Bombay plague: being a history of the progress of plague in the Bombay presidency from September 1896 to June 1899
Year: 1896
Disease focus: Plague
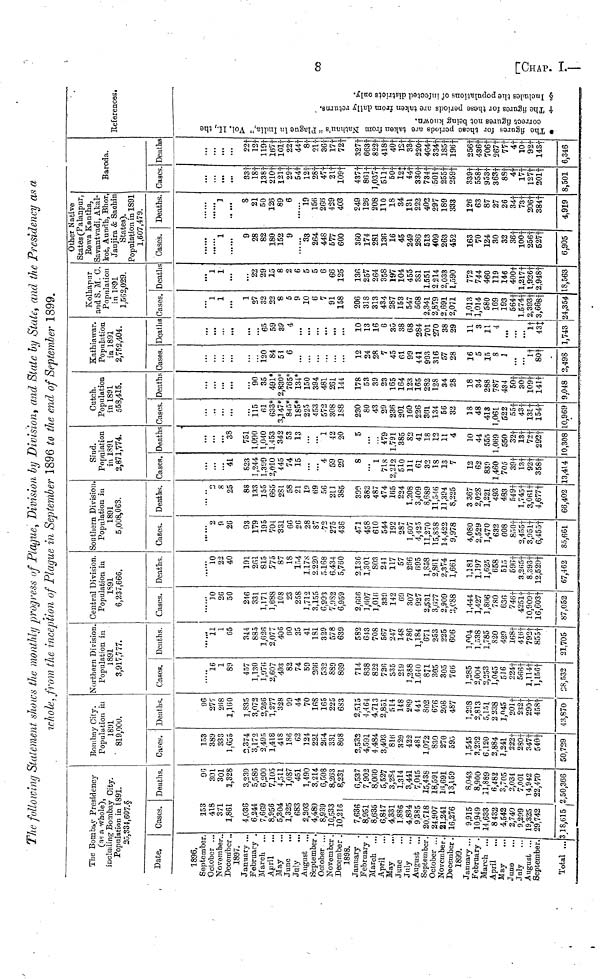
00
I
CHAP. I.
The following Statement shows the monthly progress of Plague, Division by Division, and State by State, and the Presidency as a
whole, from the inception of Plague in September 1896 to the end of September 1899.
The Bombay Presidency
(as a whole),
including Bombay City.
Population in 1891.
25,331,697.
Date.
1896.
September...
October ...
November...
December ...
1897.
January ...
February ...
March ...
April ...
May ...
June
...
July ...
August ...
September...
October ...
November ...
December ...
1898.
January ...
February ...
March ...
April ...
May ...
June ...
July ...
August...
September ...
October ...
November...
December ...
1899.
January ...
February ...
March ...
April
May
...
June ...
July ...
August ...
September...
Total ...
25,331,697.
Cases.
153
418
371
1,861
4,036
6,244
7,669
8,956
5,304
1,325
683
2,203
4,480
8,939
10,533
10,216
7,636
8,951
8,635
6,847
4,331
1.886
4,834
9,385
20,718
24.907
21.241
16,276
9,915
10,949
14,633
8432
4,542
2,740
9,299
19,325
29,742
Π 8,61 5
Deaths.
96
301
301
1,328
3,239
5,586
6,200
7,105
4,511
1,087
451
1,490
3,214
6,508
8,263
8,231
6,537
7,902
8,060
5,527
3,284
1.314
3,441
7,045
15,438
18,591
16,691
13,159
8,043
8,900
11,889
6,482
3,705
2,034
7.001
14,942
22,470
2,50,366
_
Bombay City.
Population in
1891
819,000.
Cases.
153
389
333
1,655
2,374
3,172
2,495
1,418
418
186
62
124
221
264
331
868
2,533
4,591
4,484
3,403
816
329
422
481
1,072
830
270
595
1,545
3,232
6,120
2,884
1,241
222†
280†
347†
540†
50,729
Deaths.
96
277
268
1,100
1,835
3,072
2,266
1,277
328
99
44
70
168
165
225
683
2,515
4,464
4,713
2,851
514
148
289
441
802
676
208
487
1,298
2,813
5,151
2238
1,045
201†
232†
290†
458†
43,870
Northern Division.
Population in
1891
3,917,777.
Cases.
16
1
89
457
1,130
1,976
2,607
493
82
74
59
266
532
889
869
714
838
822
726
335
219
1,288
1.640
871
305
305
766
1,285
2,004
2,253
1,045
516
224f
566†
1,114†
l,156†
28,532
Deaths.
11
1
65
344
885
1,626
2,077
406
60
35
41
181
329
578
639
582
643
708
567
247
148
786
1,184
671
253
225
606
1,904
1,538
1,785
820
429
168f
416†
792†
855†
21,705
Central Division.
Population in
1891
6,237,666.
Cases.
10
26
50
216
331
1,171
1,088
108
23
258
1,712
3,155
6.993
7,982
6,959
2,666
1,607
1,016
339
142
69
307
927
2,531
3,677
2,909
3,C88
1,444
1,427
1,866
780
636
746f
4251†
10,909†
16,603†
87,052
Deaths.
10
22
40
101
261
815
775
87
18
154
1.178
2.220
5.168
6,434
5,760
2,136
1,301
803
241
117
57
266
695
1,858
2,8fil
2,374
1,661
1.181
1,197
1,625
658
515
696f
3,265†
8,393†
12,529†
67,462
Southern Division.
Population in
1891
5,008,063.
Cases.
2
n
26
93
179
195
704
331
66
26
28
87
72
275
436
471
458
610
544
192
287
1,607
4,425
11,270
15,838
14,422
9,978
4,080
2,529
1,470
632
608
85 Of
2,455†
3,951†
6,455†
85,661
.
Deaths.
2
8
25
88
133
155
665
281
58
21
19
69
56
211
385
399
382
487
474
165
224
1.208
3,409
8,689
11,546
11,394
8,225
3367
2,028
1,221
493
483
549f
l,745†
3,061†
4,677†
66,402
Sind.
Population
in 1891
2,871,774.
Cases,
41
523
1,244
1.399
2,010
445
74
15
• ··
··· 4
59
29
δ
...
1
718
2,212
510
111
61
32
18
13
7
12
62
839
1,460
705
89t
13†
92†
358†
3,414
Deaths
38
751
1,090
1,040
1,453
342
53
13
...
...
1
42
20
5
...
479
1,791
385
82
41
18
12
11
4
10
44
555
1,069
550
32f
13†
72†
292†
10,308
Cutch.
Population
in 1891
558,415.
Cases.
115
61
633*
3,147*
845
185
225
453
572
308
188
230
80
43
29
236
201
160
226
361
134
56
32
18
48
418
1,061
622
55†
43†
135†
154†
0,969
Deaths
90
35
491*
2,830*
76 5 *
134*
150
394
481
261
144
178
53
39
23
165
164
123
165
282
128
34
28
18
34
288
787
434
50†
30†
109†
141†
9.048
Kathiawar.
Population
in 1891
2,752,404.
Cases.
120
84
51
6
...
...
...
12
24
28
7
45
61
99
441
993
316
57
28
16
5
15
8
1
...
1†
80†
2,498
Deaths
65
59
39
4
...
...
...
...
...
10
13
16
6
3G
38
68
284
701
270
38
29
11
3
11
4
...
...
1†
43†
1,743
Kolhapur
and S. M. C.
Population
in 1891
1,562,029.
Cases.
1
1
1
27
32
22
8
5
9
10
6
7
91
158
206
318
313
434
287
153
547
568
2,341
2,879
2,691
2,071
1,013
1,014
580
169
193
564†
l,574†
2,393†
3,668†
34,354
Deaths
1
1
...
22
29
15
8
2
6
5
5
6
66
125
136
257
264
358
197
104
455
381
1.551
2214
2,033
1,590
772
744
460
119
146
400†
l,217†
l,926†
2,948†
18,563
Other Native
States (Palanpur,
Rewa Kantha,
Savantvadi, Akal-
kot, Aundh, Bhor,
Janjira & Saohin
States).
Population in 1891
1,607
Cases.
1
9
28
82
180
152
9
33
264
448
577
600
360
174
281
136
16
45
249
286
513
409
263
452
163
70
124
30
32
36f
l00†
256†
527†
6,905
7,479.
Deaths.
8
21
50
126
89
6
19
156
266
439
403
249
126
208
110
18
34
131
222
402
297
189
333
126
63
87
27
26
34†
73†
206†
384†
4,919
Baroda.
Cases.
...
33†
18†
138t
210†
121†
29†
54†
12t
28†
47†
2lt
109†
437†
861†
l,037†
511†
50†
12†
44†
330†
734†
501†
255†
259†
339†
558†
953†
363†
88†
4†
I7†
127†
201†
8,501
Deaths
...
22†
Î2t
119†
167†
101†
22†
44†
8†
2l†
36†
17†
72†
327†
663 †
822†
418†
40†
12†
33f
220†
464†
334†
185†
196†
256†
436†
706†
267†
77†
4†
10†
92†
143†
6,346
References.
The figures for these
periods are taken Natan's Plagur in
India," Vol, It the correct figures
not being known
† The figures these periods are taken from
daily returns
Includcs the population of Infected distrits only.